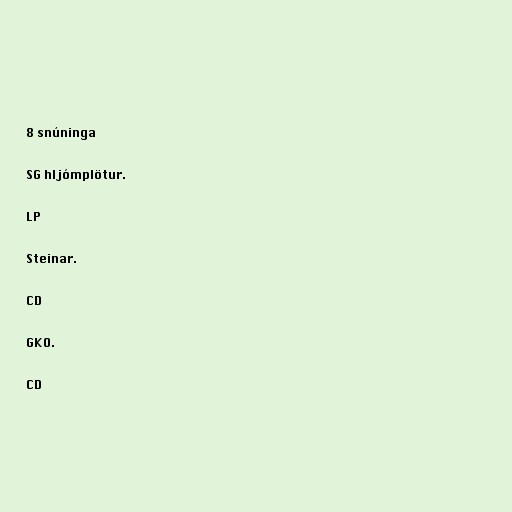
8 snúninga

SG hljómplötur.

LP

Steinar.

CD

GKO.

CD